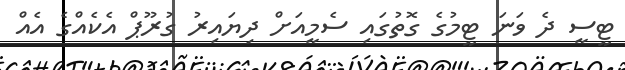
ޓީސީ ދެ ވަނަ ޓީމުގެ ގޮތުގައި ސެމީއަށް ދިޔައިރު ގުރޫޕް އެކެއްގެ އެއް